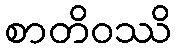
စာတိဝဿိ